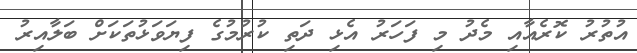
އުތުރު ކޮރެއާއި މެދު މި ފަހަރު އެޅި ދަތި ކުރުމުގެ ފިޔަވަޅުތަކަށް ބަލާއިރު